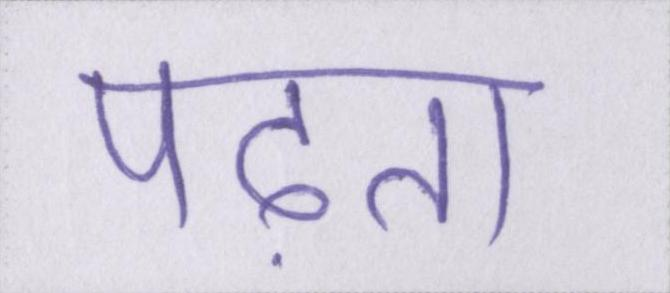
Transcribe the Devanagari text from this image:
पढ़ता